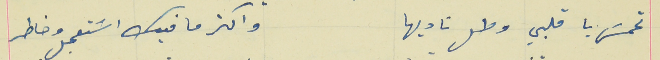
تحمسَ يا قلبي وطل ناديها                                         واكتر ما فيك اسَتعجل وخاطر